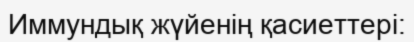
Иммундық жүйенің қасиеттері: